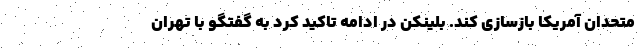
متحدان آمریکا بازسازی کند. بلینکن در ادامه تاکید کرد به گفتگو با تهران